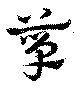
箪